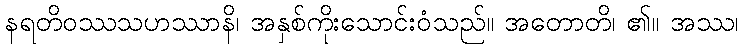
နရတိဝဿသဟဿာနိ၊ အနှစ်ကိုးသောင်းဝံသည်။ အတောတိ၊ ၏။ အဿ၊